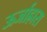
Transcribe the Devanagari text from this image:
ऊर्जाह्रास